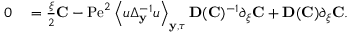
\begin{array} { r l } { 0 } & { { } = \frac { \xi } { 2 } \mathbf { C } - \mathrm { P e } ^ { 2 } \left\langle u \Delta _ { \mathbf { y } } ^ { - 1 } u \right\rangle _ { \mathbf { y } , \tau } \mathbf { D } ( \mathbf { C } ) ^ { - 1 } \partial _ { \xi } \mathbf { C } + \mathbf { D } ( \mathbf { C } ) \partial _ { \xi } \mathbf { C } . } \end{array}